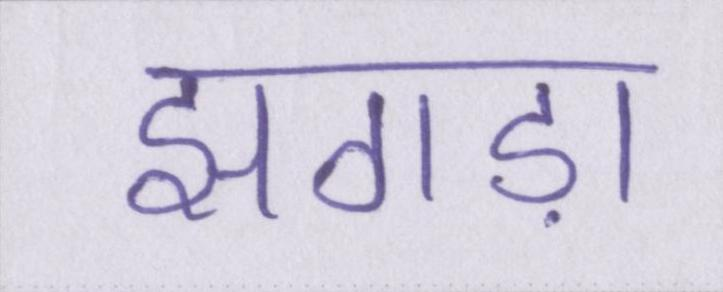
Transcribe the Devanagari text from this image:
झगड़ा